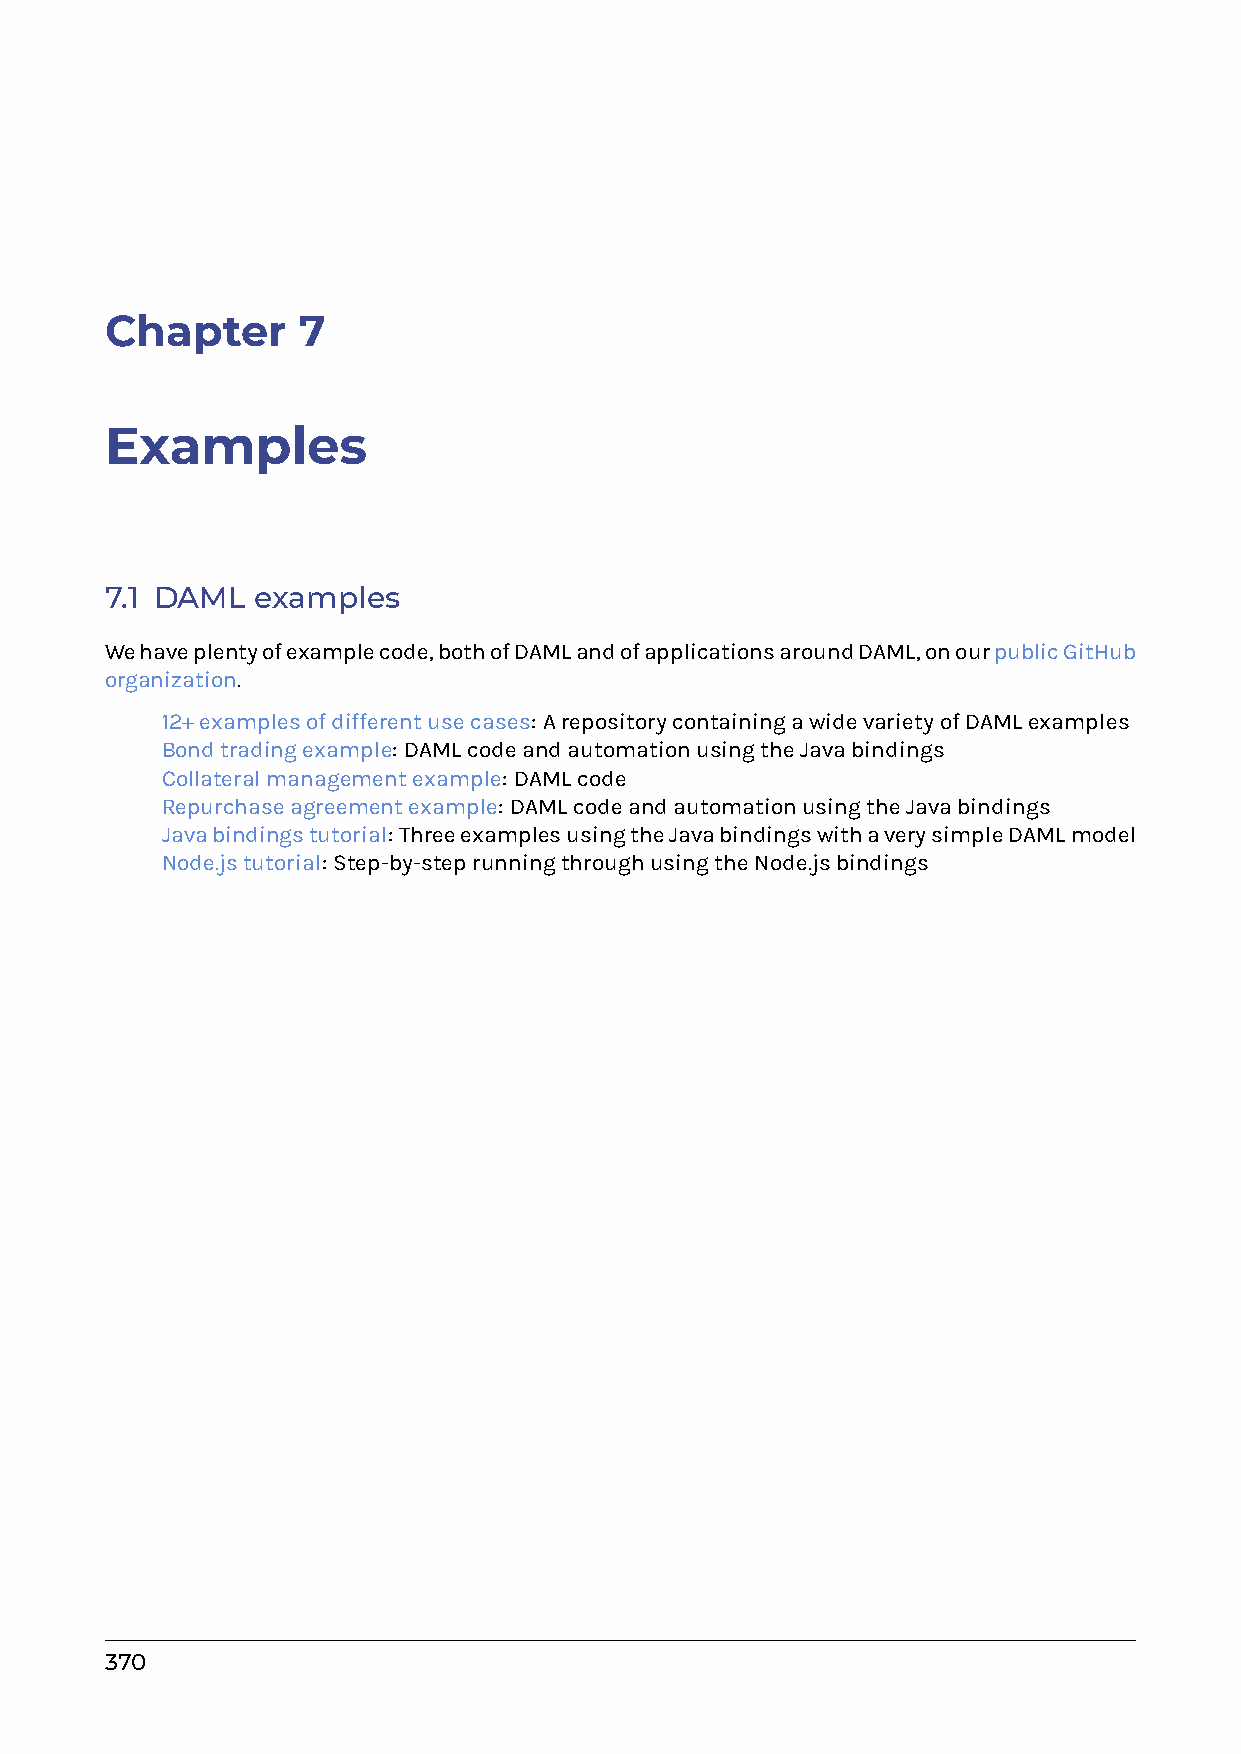
Chapter      7
 Examples
 7.1 DAML  examples
 Wehaveplentyofexamplecode,bothofDAMLandofapplicationsaroundDAML,onourpublicGitHub
 organization.
 0 12+examplesofdifferentusecases: ArepositorycontainingawidevarietyofDAMLexamples
 0 Bondtradingexample: DAMLcodeandautomationusingtheJavabindings
 0 Collateralmanagementexample: DAMLcode
 0 Repurchaseagreementexample: DAMLcodeandautomationusingtheJavabindings
 0 Javabindingstutorial: ThreeexamplesusingtheJavabindingswithaverysimpleDAMLmodel
 0 Node.jstutorial: Step-by-steprunningthroughusingtheNode.jsbindings
 370